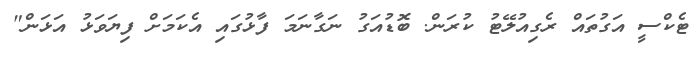
ޓެކްސީ އަަގުތައް ރެގިއުލޭޓު ކުރަން. ބޮޑުއަގު ނަގާނަމަ ފާޅުގައި އެކަމަށް ފިޔަވަޅު އަޅަން"